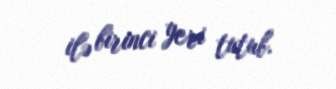
ilə birinci yeri tutub.